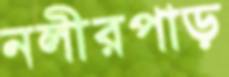
নলীরপাড়